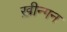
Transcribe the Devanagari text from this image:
ख़ीन्गन